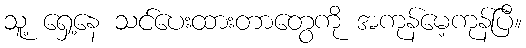
သူ့ ရှေ့နေ သင်ပေးထားတာတွေကို အကုန်မေ့ကုန်ပြီ။